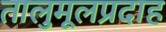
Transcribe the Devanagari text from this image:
तालुमूलप्रदाह